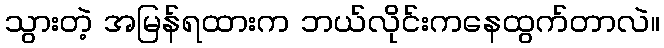
သွားတဲ့ အမြန်ရထားက ဘယ်လိုင်းကနေထွက်တာလဲ။